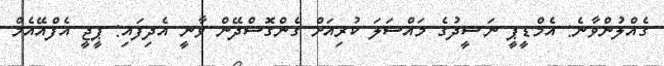
ގެއްލުންވާނެ: އެމްޑީޕީ ނަޝީދުގެ މައްސަލަ ކުރިއަށް ގެންގޮސްދޭން ވާނީ އެދިފައި: ޕީޖީ އެފްއޭއެމް